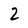
Character: 2